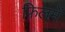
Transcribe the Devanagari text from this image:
फ़िलमें